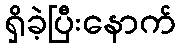
ရှိခဲ့ပြီးနောက်